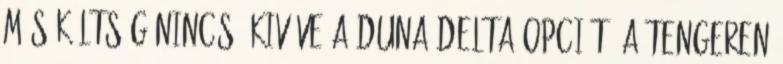
Más költség nincs, kivéve a Duna-delta opciót, a tengeren